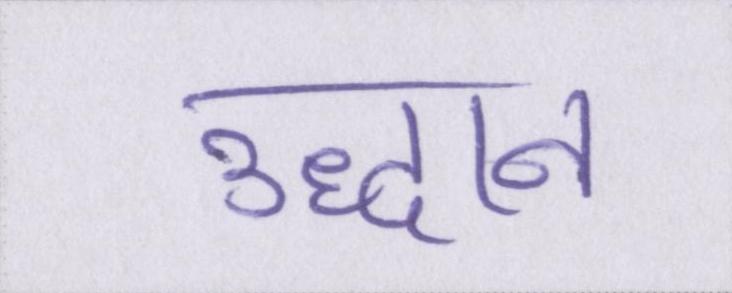
उद्धान